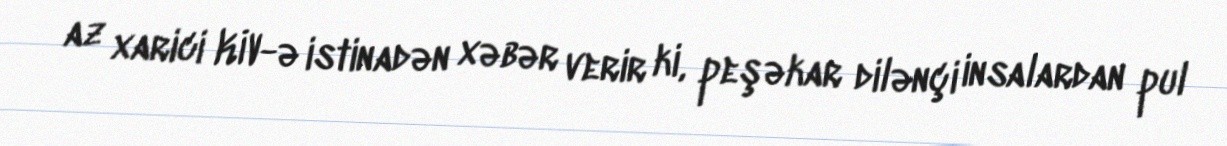
az xarici KİV-ə istinadən xəbər verir ki, peşəkar dilənçi insalardan pul